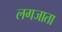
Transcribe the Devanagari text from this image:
लगजाता